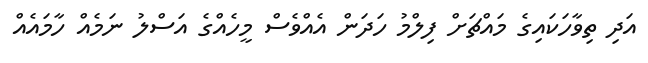
އަދި ތިވާހަކަައިގެ މައްޗަށް ފިލްމު ހަދަން އެއްވެސް މީހެއްގެ އަސްލު ނަމެއް ހާމައެއް